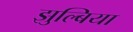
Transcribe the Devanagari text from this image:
झुल्बिया